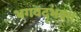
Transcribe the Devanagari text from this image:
भगवद्‌भक्त